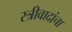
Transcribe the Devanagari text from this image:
स्त्रीवादांचा